Account of plague administration in the Bombay Presidency from September 1896 till May 1897
Year: 1896
Disease focus: Plague
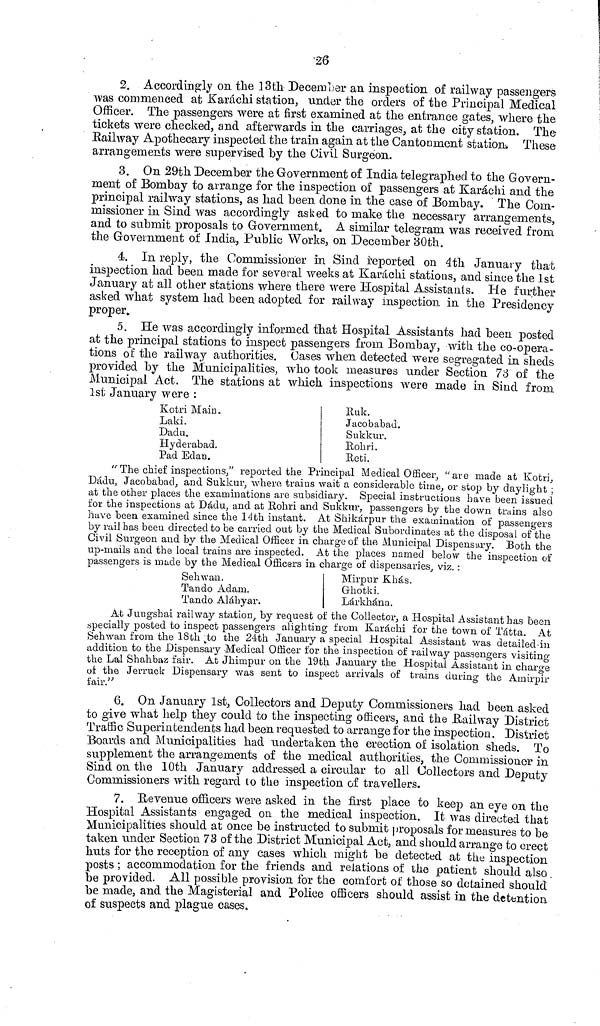
26
2. Accordingly on the 13th December an inspection of railway passengers
was commenced at Karachi station, under the orders of the Principal Medical
Officer. The passengers were at first examined at the entrance gates, where the
tickets were checked, and afterwards in the carriages, at the city station. The
Railway Apothecary inspected the train again at the Cantonment station* These
arrangements were supervised hy the uivil Surgeon.
3. On 29th December the Government of India telegraphed to the Govern-
ment of Bomhay to arrange for the inspection of passengers at Karachi and the
principal railway stations, as had heen done in the case of Bomhay. The Com-
missioner in Sind was accordingly asked to make the necessary arrangements,
and to submit proposals to Government. A similar telegram was received from
the Government of India, Public Works, on December 30th.
4. In reply, the Commissioner in Sind reported on 4th January that
inspection had been made for several weeks at Karachi stations, and since the 1st
January at all other stations where there were Hospital Assistants. He further
asked what system had been adopted for railway inspection in the Presidency
proper.
5. He was accordingly informed that Hospital Assistants had been posted
at the principal stations to inspect passengers from. Bombay, with the co-opera-
tions of the railway authorities. Cases when detected were segregated in sheds
provided by the Municipalities, who took measures under Section 73 of the
Municipal Act. The stations at which inspections were made in Siud from
1st January were :
Kotri Main.
Laki.
Dadu.
Hyderabad.
Pad Bdan.
Ruk.
Jacobabad.
Sukkur.
Hokri.
Reti.
" The chief inspections," reported the Principal Medical Officer, "are made at Kotri,
Dadu, Jacobabad, and Sukkur, where trains wait a considerable time, or stop by daylight ;
at the other places the examinations are subsidiary. Special instructions have been issued
for the inspections at Dàdu, and at Eohri and Sukkur, passengers by the down trains also
have been examined since the 14th instant. At Shikàrpur the examination of passengers
by rail has been directed to be carried out by the Medical Subordinates at the disposal of the
Civil Surgeon and by the Medical Officer in charge of the Municipal Dispensary. Both the
up-rnails and the local trains are inspected. At the places named below the inspection of
passengers is made by the Medical Officers in charge of dispensaries, viz. :
Sehwan.
Tando Adam.
Tando Alahyar.
Mirpur Khàs.
Ghotki.
Larkhàna,
At Jungshai railway station, by request of the Collector, a Hospital Assistant has been
specially posted to inspect passengers alighting from Karachi for the town of Tatta. At
Sehwan from the 18th to the 24-th January a special Hospital Assistant was detailed-iii
addition to the Dispensary Medical Officer for the inspection of railway passengers visiting
the Lai Shahbaz fair. At Jhimpur on the 19th January the Hospital Assistant in charge
of the Jerruck Dispensary was sent to inspect arrivals of trains during the Amirpir
fair."
6. On January 1st, Collectors and Deputy Commissioners had been asked
to give what help they could to the inspecting officers, and the Hail way District
Traffic Superintendents had been requested to arrange for the inspection. District
Boards and Municipalities had undertaken the erection of isolation sheds. To
supplement the arrangements of the medical authorities, the Commissioner in
Sind on the 10th January addressed a circular to all Collectors and Deputy
Commissioners with regard to the inspection of travellers.
7. Revenue officers were asked in the first place to keep an eye on the
Hospital Assistants engaged on the medical inspection. It was directed that
Municipalities should at once be instructed to submit proposals for measures to be
taken under Section 73 of the District Municipal Act, and should arrange to erect
huts for the reception of any cases which might be detected at the inspection
posts ; accommodation for the friends and relations of the patient should also
be provided. All possible provision for the comfort of those so detained should
he made, and the Magisterial and Police officers should assist in the detention
of suspects and plague cases.